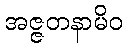
အဇ္ဇတနာမိဝ